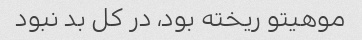
موهیتو ریخته بود، در کل بد نبود